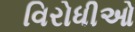
વિરોધીઓ